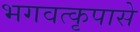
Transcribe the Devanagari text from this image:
भगवत्कृपासे